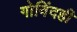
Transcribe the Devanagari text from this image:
गोविंदही